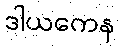
ဒါယကေန